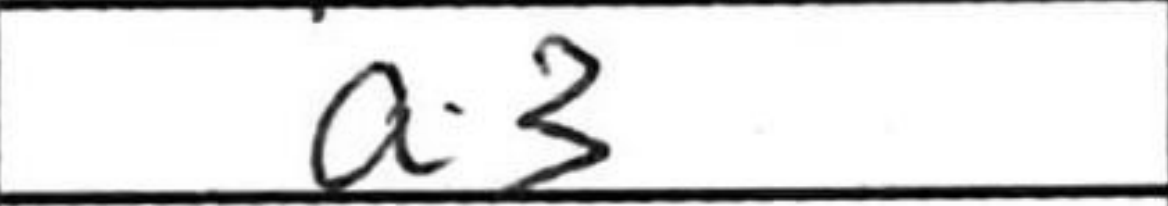
Transcription: a3